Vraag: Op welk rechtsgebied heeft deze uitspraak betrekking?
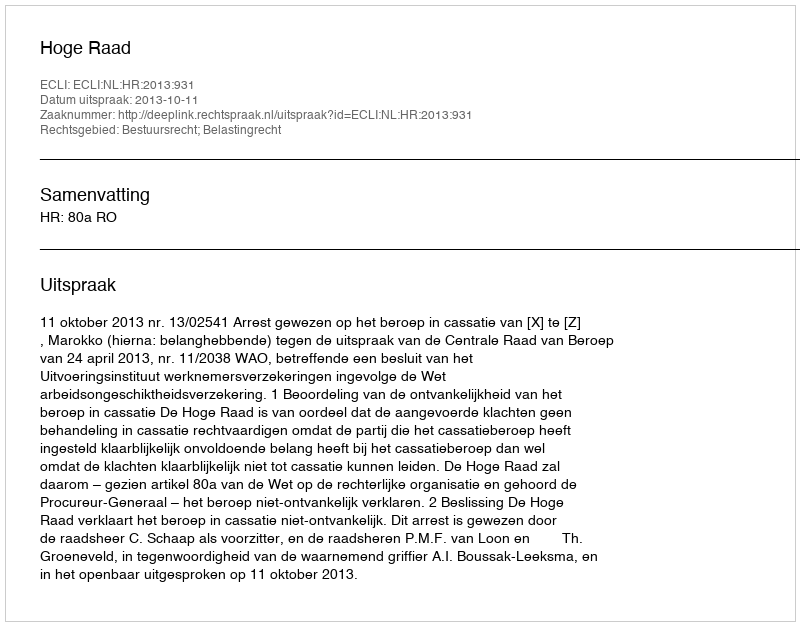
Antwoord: Bestuursrecht; Belastingrecht